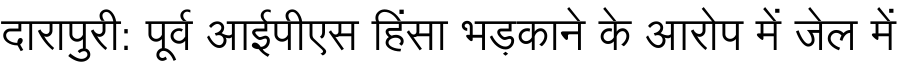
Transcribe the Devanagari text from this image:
दारापुरी: पूर्व आईपीएस हिंसा भड़काने के आरोप में जेल में